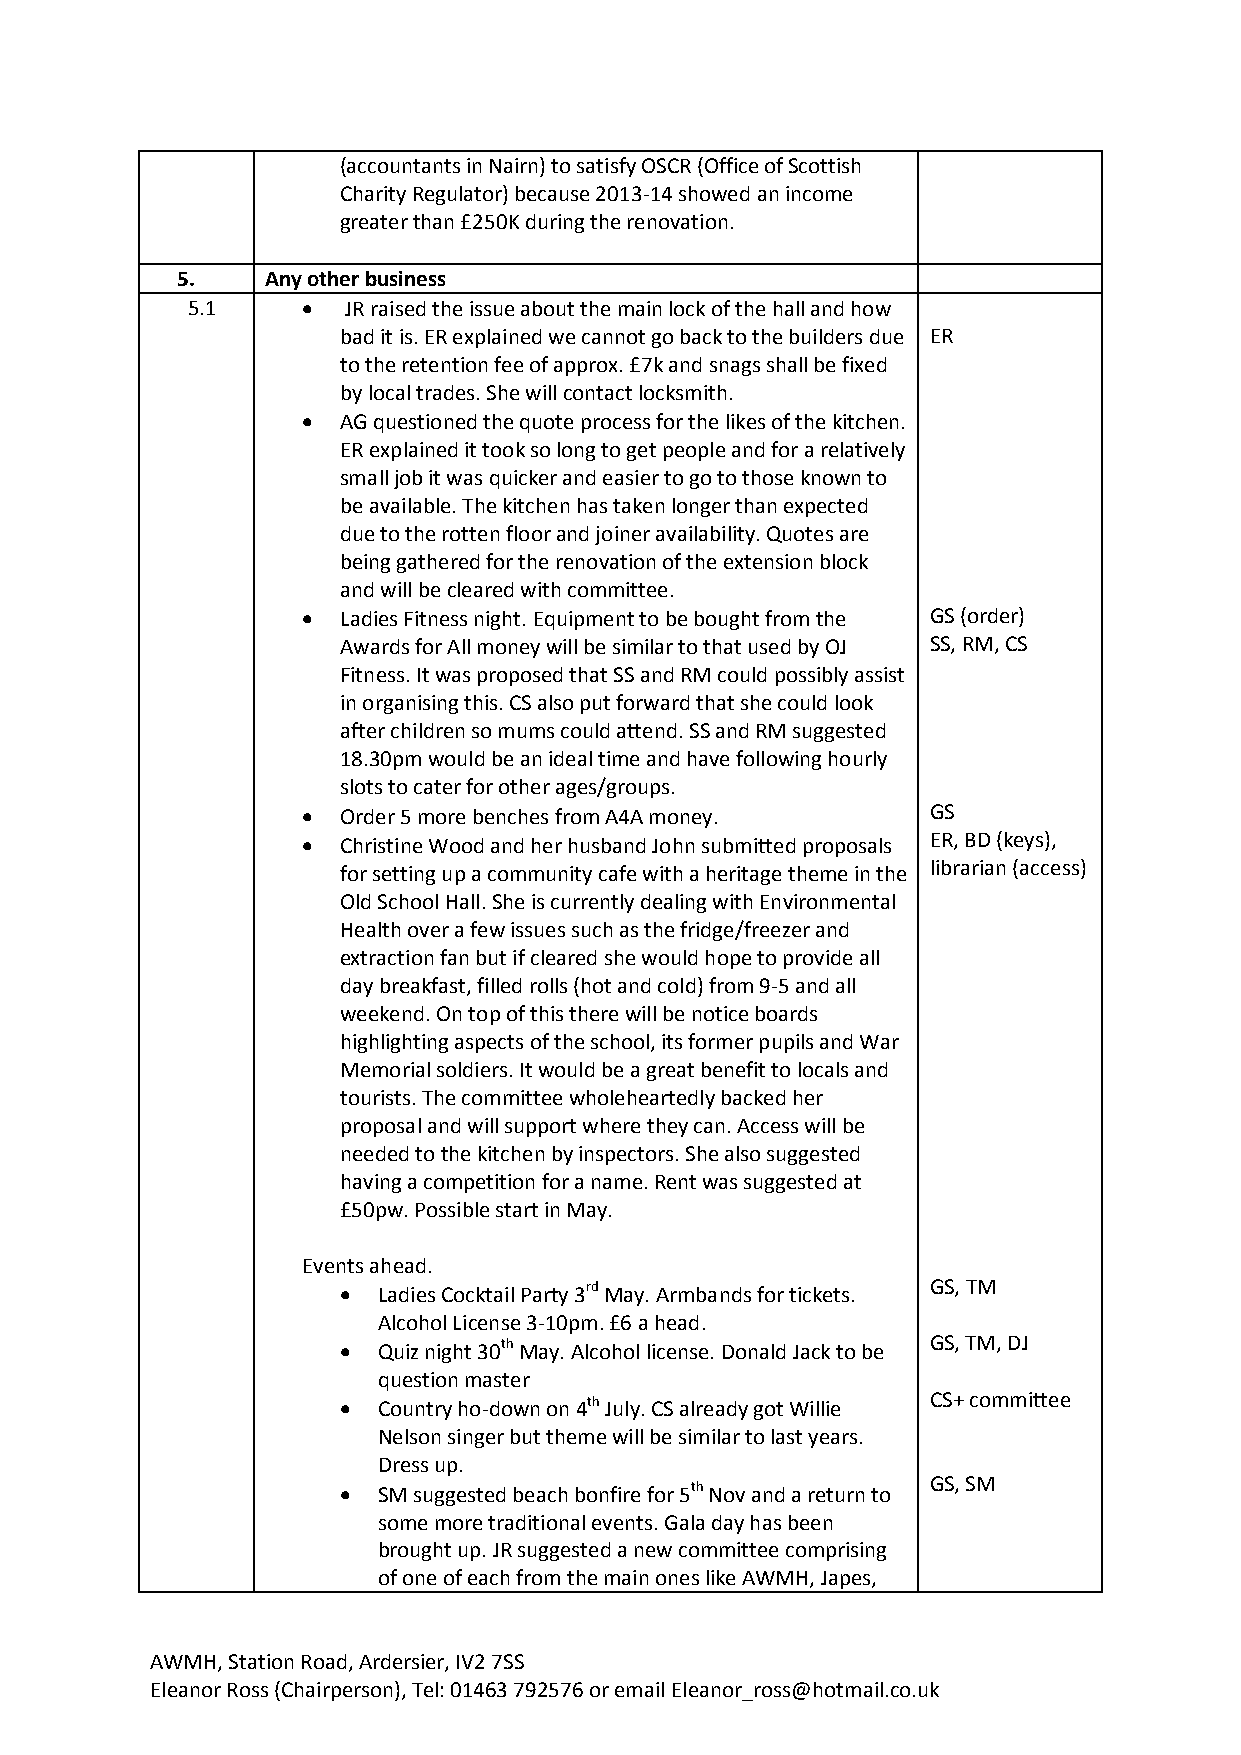
(accountants in Nairn) to satisfy OSCR (Office of Scottish
 Charity Regulator) because 2013-14 showed an income
 greater than £250K during the renovation.
 5.    Any other business
 5.1       JR raised the issue about the main lock of the hall and how
 bad it is. ER explained we cannot go back to the builders due ER
 to the retention fee of approx. £7k and snags shall be fixed
 by local trades. She will contact locksmith.
  AG questioned the quote process for the likes of the kitchen.
 ER explained it took so long to get people and for a relatively
 small job it was quicker and easier to go to those known to
 be available. The kitchen has taken longer than expected
 due to the rotten floor and joiner availability. Quotes are
 being gathered for the renovation of the extension block
 and will be cleared with committee.
  Ladies Fitness night. Equipment to be bought from the GS (order)
 Awards for All money will be similar to that used by OJ SS, RM, CS
 Fitness. It was proposed that SS and RM could possibly assist
 in organising this. CS also put forward that she could look
 after children so mums could attend. SS and RM suggested
 18.30pm would be an ideal time and have following hourly
 slots to cater for other ages/groups.
  Order 5 more benches from A4A money.    GS
  Christine Wood and her husband John submitted proposals ER, BD (keys),
 for setting up a community cafe with a heritage theme in the librarian (access)
 Old School Hall. She is currently dealing with Environmental
 Health over a few issues such as the fridge/freezer and
 extraction fan but if cleared she would hope to provide all
 day breakfast, filled rolls (hot and cold) from 9-5 and all
 weekend. On top of this there will be notice boards
 highlighting aspects of the school, its former pupils and War
 Memorial soldiers. It would be a great benefit to locals and
 tourists. The committee wholeheartedly backed her
 proposal and will support where they can. Access will be
 needed to the kitchen by inspectors. She also suggested
 having a competition for a name. Rent was suggested at
 £50pw. Possible start in May.
 Events ahead.
   Ladies Cocktail Party 3rd May. Armbands for tickets. GS, TM
 Alcohol License 3-10pm. £6 a head.
   Quiz night 30th May. Alcohol license. Donald Jack to be GS, TM, DJ
 question master
   Country ho-down on 4th July. CS already got Willie CS+ committee
 Nelson singer but theme will be similar to last years.
 Dress up.
 GS, SM
   SM suggested beach bonfire for 5th Nov and a return to
 some more traditional events. Gala day has been
 brought up. JR suggested a new committee comprising
 of one of each from the main ones like AWMH, Japes,
 AWMH, Station Road, Ardersier, IV2 7SS
 Eleanor Ross (Chairperson), Tel: 01463 792576 or email Eleanor_ross@hotmail.co.uk